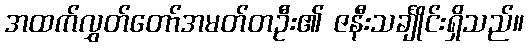
အထက်လွှတ်တော်အမတ်တဦး၏ ဇနီးသင်္ချိုင်းရှိသည်။